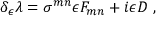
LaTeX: \delta _ { \epsilon } \lambda = \sigma ^ { m n } \epsilon F _ { m n } + i \epsilon D \ ,